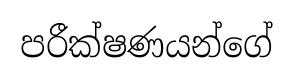
පරීක්ෂණයන්ගේ